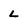
Character: L